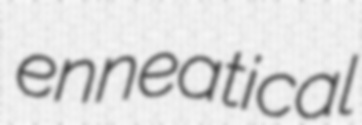
enneatical